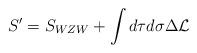
LaTeX: \begin{align*}S' = S_{WZW} + \int d\tau d\sigma \Delta {\cal L}\end{align*}